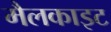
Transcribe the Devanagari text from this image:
मैलकाइट